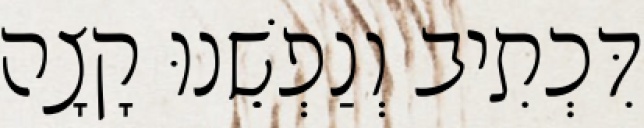
דִּכְתִיב וְנַפְשֵׁנוּ קָצָה